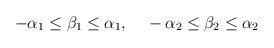
LaTeX: \begin{align*}-\alpha _1 \leq \beta_1 \leq \alpha _1,~~~-\alpha _2 \leq \beta_2 \leq \alpha _2\end{align*}